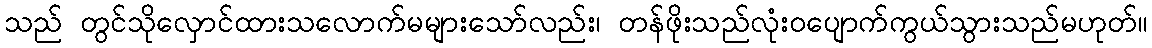
သည် တွင်သိုလှောင်ထားသလောက်မများသော်လည်း၊ တန်ဖိုးသည်လုံးဝပျောက်ကွယ်သွားသည်မဟုတ်။